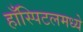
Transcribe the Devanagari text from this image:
हाँस्पिटलमध्ये